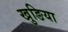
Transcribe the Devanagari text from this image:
खुङिया